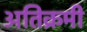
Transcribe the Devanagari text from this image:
अतिक्रमी